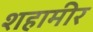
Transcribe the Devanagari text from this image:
शहामीर